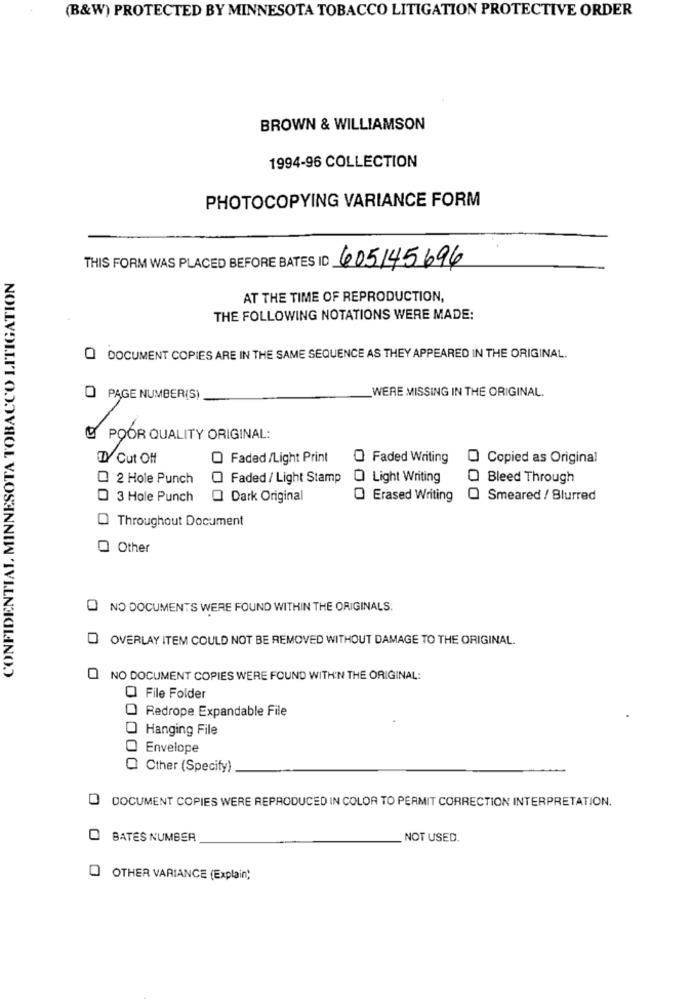
(B&W) PROTECTED BY MINNESOTA TOBACCO LITIGATION PROTECTIVE ORDER
BROWN & WILLIAMSON
1994-96 COLLECTION
PHOTOCOPYING VARIANCE FORM
THIS FORM WAS PLACED BEFORE BATES ID 605145696
NESOTA TOBACCO LITIGATION
AT THE TIME OF REPRODUCTION,
THE FOLLOWING NOTATIONS WERE MADE:
O DOCUMENT COPIES ARE IN THE SAME SEQUENCE AS THEY APPEARED IN THE ORIGINAL.
WERE MISSING IN THE ORIGINAL.
O PAGE NUMBER(S)
& POOR QUALITY ORIGINAL:
Cut Off
O Faded/Light Print
O Faded Writing
Copied as Original
2 Hole Punch
Faded / Light Stamp
Light Writing
Bleed Through
3 Hole Punch
Dark Original
O Erased Writing
Smeared / Blurred
CONFIDENTIAL MIN
Throughout Document
Other
NO DOCUMENTS WERE FOUND WITHIN THE ORIGINALS.
OVERLAY ITEM COULD NOT BE REMOVED WITHOUT DAMAGE TO THE ORIGINAL.
NO DOCUMENT COPIES WERE FOUND WITH'N THE ORIGINAL:
Q File Folder
Redrope Expandable File
Hanging File
Envelope
0
Other (Specify)
D DOCUMENT COPIES WERE REPRODUCED IN COLOR TO PERMIT CORRECTION INTERPRETATION.
BATES NUMBER
NOT USED.
O OTHER VARIANCE (Explain;